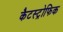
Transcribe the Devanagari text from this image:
कैटस्ट्रोफिक